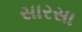
સારસા